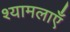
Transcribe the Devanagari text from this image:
श्यामलाएँ